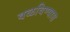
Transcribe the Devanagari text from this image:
वळविण्यास